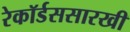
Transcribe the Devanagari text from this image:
रेकॉर्डससारखी